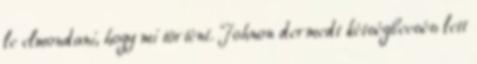
le elmondani, hogy mi történt. Johnon dermedt kétségbeesés lett